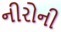
નીરોની